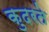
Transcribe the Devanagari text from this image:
कुदरते